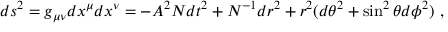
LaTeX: d s ^ { 2 } = g _ { \mu \nu } d x ^ { \mu } d x ^ { \nu } = - { A } ^ { 2 } { N } d t ^ { 2 } + { N } ^ { - 1 } d r ^ { 2 } + r ^ { 2 } ( d \theta ^ { 2 } + \sin ^ { 2 } \theta d \phi ^ { 2 } ) \ ,